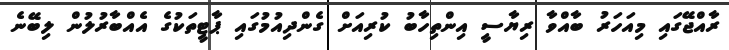
ރާއްޖޭގައި މިއަހަރު ބާއްވާ ރިޔާސީ އިންތިހާބު ކުރިއަށް ގެންދިއުމުގައި ޕާޓީތަކުގެ އެއްބާރުލުން ލިބޭނެ